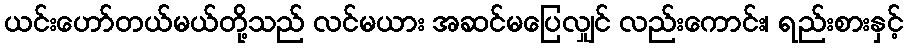
ယင်းဟော်တယ်မယ်တို့သည် လင်မယား အဆင်မပြေလျှင် လည်းကောင်း၊ ရည်းစားနှင့်